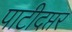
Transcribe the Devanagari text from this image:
पाटीदप्तर